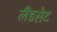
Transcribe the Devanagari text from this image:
लैंडसेट